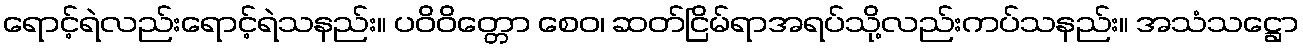
ရောင့်ရဲလည်းရောင့်ရဲသနည်း။ ပဝိဝိတ္တော စေဝ၊ ဆတ်ငြိမ်ရာအရပ်သို့လည်းကပ်သနည်း။ အသံသဋ္ဌော